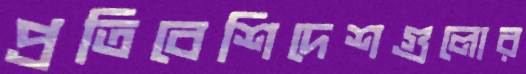
প্রতিবেশিদেশগুলোর